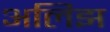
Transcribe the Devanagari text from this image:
अलिझ